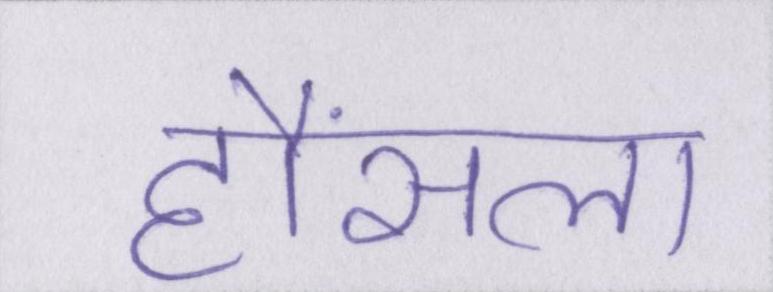
हौंसला